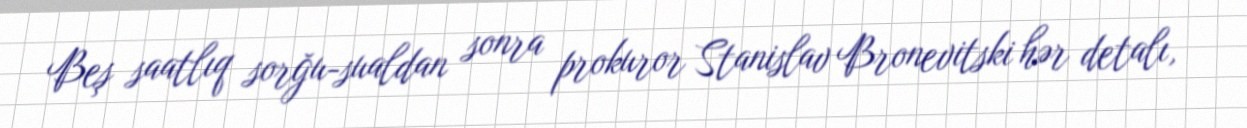
Beş saatlıq sorğu-sualdan sonra prokuror Stanislav Bronevitski hər detalı,